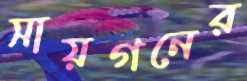
সায়গনের